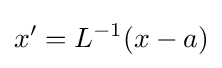
x'=L^{-1}(x-a)